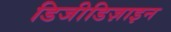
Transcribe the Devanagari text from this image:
डिजीडिज़ाइन